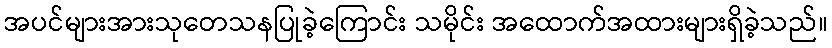
အပင်များအားသုတေသနပြုခဲ့ကြောင်း သမိုင်း အထောက်အထားများရှိခဲ့သည်။